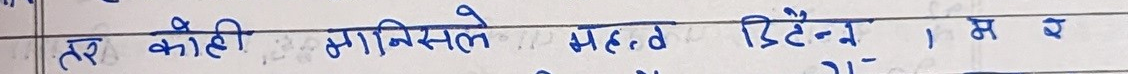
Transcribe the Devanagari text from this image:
त कोही मानिसले महत्व ब्रिटेन नै । म ब